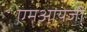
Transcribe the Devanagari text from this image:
एमआयजी